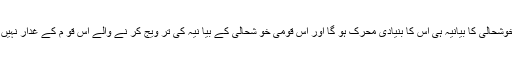
اور جدید رجحانات پر مبنی قومی خوشحالی کا بیانیہ ہی اس کا بنیادی محرک ہو گا اور اِس قومی خو شحالی کے بیا نیہ کی تر ویج کر نے والے اِس قو م کے غدار نہیں بلکہ اِس قوم کے معما ر ہوں گے۔